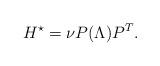
LaTeX: \begin{align*} H^\star = \nu P (\Lambda) P^T. \end{align*}